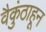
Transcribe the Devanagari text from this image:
वैकुंठाहून